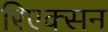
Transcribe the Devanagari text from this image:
रिएक्सन